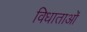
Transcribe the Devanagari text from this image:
विधाताओं